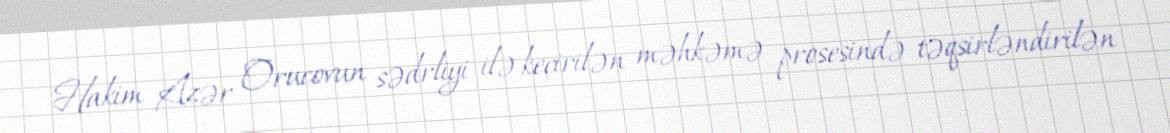
Hakim Azər Orucovun sədrliyi ilə keçirilən məhkəmə prosesində təqsirləndirilən